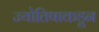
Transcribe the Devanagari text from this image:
ज्योतिषाकडून